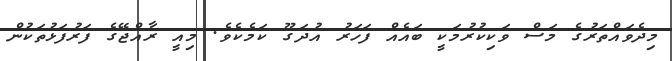
މިދެވައްތަރުގެ މަސް ވަކިކުރުމަކީ ބައެއް ފަހަރު އުދަގޫ ކަމެކެވެ. މިއީ ރާއްޖޭގެ ފަރުފަޅުތަކުން